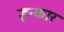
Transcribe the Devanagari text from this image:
इन्‍कार